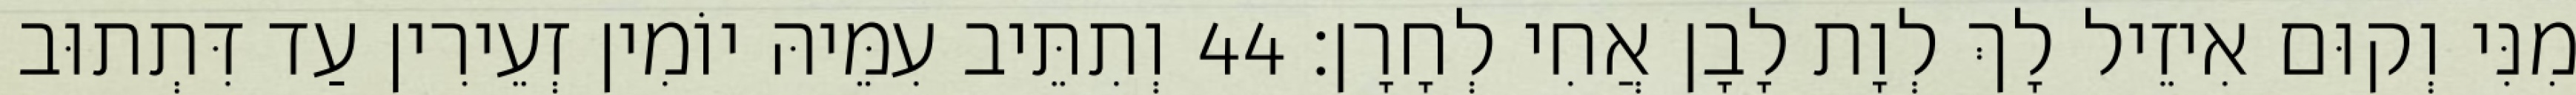
מִנִּי וְקוּם אִיזֵיל לָךְ לְוָת לָבָן אֲחִי לְחָרָן׃ 44 וְתִתֵּיב עִמֵּיהּ יוֹמִין זְעֵירִין עַד דִּתְתוּב